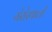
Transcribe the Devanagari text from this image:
गेरोस्थाली